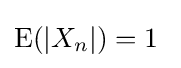
\operatorname {E} (|X_{n}|)=1\